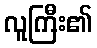
လူကြီး၏